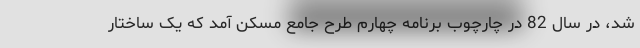
شد، در سال 82 در چارچوب برنامه چهارم طرح جامع مسکن آمد که یک ساختار